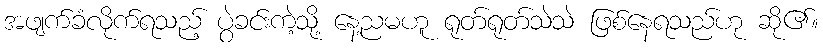
အဖျက်ခံလိုက်ရသည့် ပွဲခင်းကဲ့သို့ နေ့ညမဟူ ရုတ်ရုတ်သဲသဲ ဖြစ်နေရသည်ဟု ဆို၏။